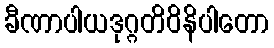
ခီဏာပါယဒုဂ္ဂတိဝိနိပါတော